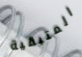
المتبقية